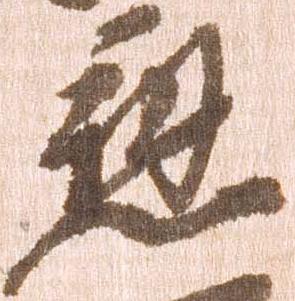
応